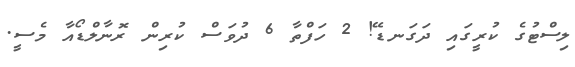
ލިސްޓުގެ ކުރީގައި ދަގަނޑޭ! 2 ހަފްތާ 6 ދުވަސް ކުރިން ރޮނާލްޑޯއާ މެސީ.